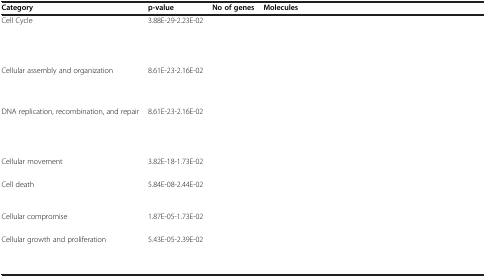
<table><thead><tr><td><b>Category</b></td><td><b>p-value</b></td><td><b>No of genes</b></td><td><b>Molecules</b></td></tr></thead><tbody><tr><td>Cell Cycle</td><td>3.88E-29-2.23E-02</td><td>[EMPTY_CELL]</td><td>[EMPTY_CELL]</td></tr><tr><td>Cellular assembly and organization</td><td>8.61E-23-2.16E-02</td><td>[EMPTY_CELL]</td><td>[EMPTY_CELL]</td></tr><tr><td>DNA replication, recombination, and repair</td><td>8.61E-23-2.16E-02</td><td>[EMPTY_CELL]</td><td>[EMPTY_CELL]</td></tr><tr><td>Cellular movement</td><td>3.82E-18-1.73E-02</td><td>[EMPTY_CELL]</td><td>[EMPTY_CELL]</td></tr><tr><td>Cell death</td><td>5.84E-08-2.44E-02</td><td>[EMPTY_CELL]</td><td>[EMPTY_CELL]</td></tr><tr><td>Cellular compromise</td><td>1.87E-05-1.73E-02</td><td>[EMPTY_CELL]</td><td>[EMPTY_CELL]</td></tr><tr><td>Cellular growth and proliferation</td><td>5.43E-05-2.39E-02</td><td>[EMPTY_CELL]</td><td>[EMPTY_CELL]</td></tr></tbody></table>